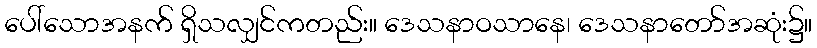
ပေါ်သောအနက် ရှိသလျှင်ကတည်း။ ဒေသနာဝသာနေ၊ ဒေသနာတော်အဆုံး၌။